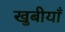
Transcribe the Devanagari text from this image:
खुबीयाँ